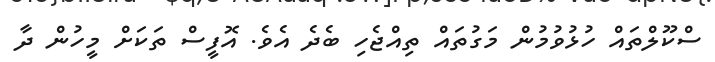
ސްކޫލްތައް ހުޅުވުމުން މަގުތައް ތިއްޖެހި ބެދެ އެވެ. އޮފީސް ތަކަށް މީހުން ދާ